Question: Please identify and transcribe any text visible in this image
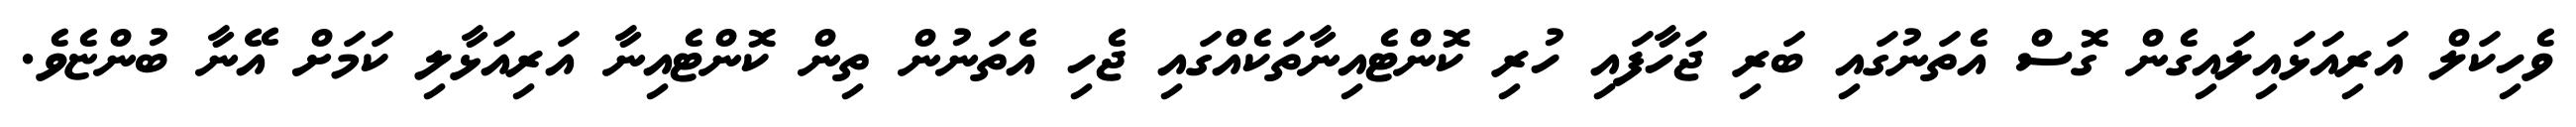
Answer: ވެހިކަލް އަރިއަޅައިލައިގެން ގޮސް އެތަނުގައި ބަރި ޖަހާފައި ހުރި ކޮންޓެއިނާތަކެއްގައި ޖެހި އެތަނުން ތިން ކޮންޓެއިނާ އަރިއަޅާލި ކަމަށް އޭނާ ބުންޏެވެ.